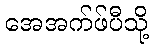
အေအက်ဖ်ပီသို့